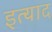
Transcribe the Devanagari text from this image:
इत्याद